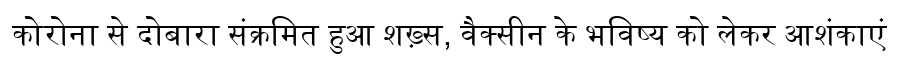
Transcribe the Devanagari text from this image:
कोरोना से दोबारा संक्रमित हुआ शख़्स, वैक्सीन के भविष्य को लेकर आशंकाएं